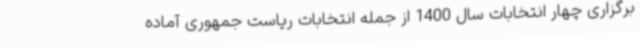
برگزاری چهار انتخابات سال 1400 از جمله انتخابات ریاست جمهوری آماده